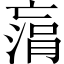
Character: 𠅻